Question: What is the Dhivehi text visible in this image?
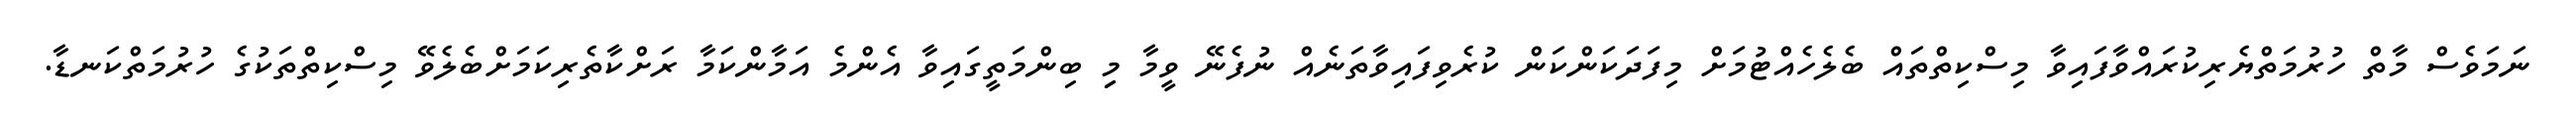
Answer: ނަމަވެސް މާތް ހުރުމަތްޔެރިކުރައްވާފައިވާ މިސްކިތްތައް ބެލެހެއްޓުމަށް މިފަދަކަންކަން ކުރެވިފައިވާތަނެއް ނުފެނޭ ވީމާ މިި ބިންމަތީގައިވާ އެންމެ އަމާންކަމާ ރަށްކާތެރިކަމަށްބެލެވޭ މިސްކިތްތަކުގެ ހުރުމަތްކަނޑާ.